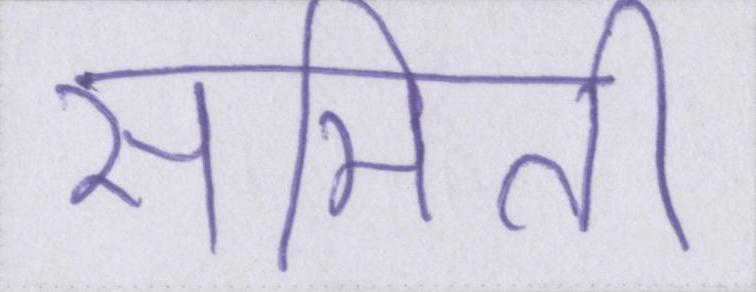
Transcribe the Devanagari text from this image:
समिति